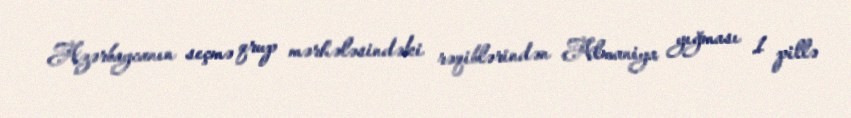
Azərbaycanın seçmə qrup mərhələsindəki rəqiblərindən Almaniya yığması 1 pillə